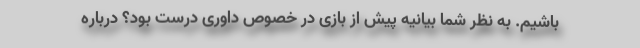
باشیم. به نظر شما بیانیه پیش از بازی در خصوص داوری درست بود؟ درباره